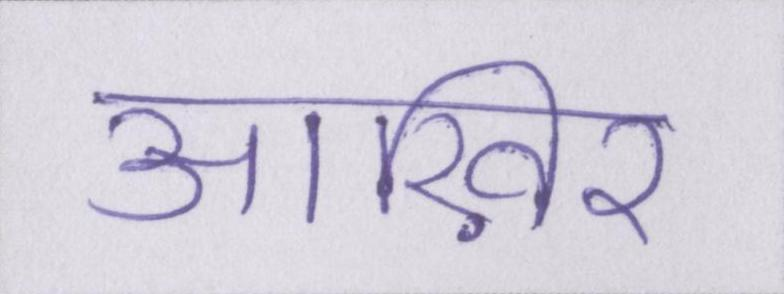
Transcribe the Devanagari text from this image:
आख़िर